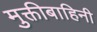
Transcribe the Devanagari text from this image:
मुक्तीबाहिनी